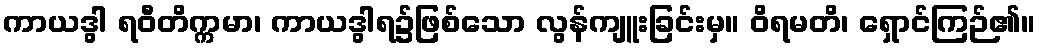
ကာယဒွါ ရဝီတိက္ကမာ၊ ကာယဒွါရ၌ဖြစ်သော လွန်ကျူးခြင်းမှ။ ဝိရမတိ၊ ရှောင်ကြဉ်၏။